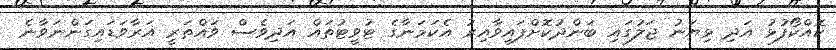
ކޮއްކޯފުޅު އަދި ޅިޔަނު ޖަލުގައި ބަންދުކޮށްފައިވާއިރު އެކަމަނާގެ ޓުވީޓުތައް އަދިވެސް ވައްތަރީ އަރާވަޑައިގަންނަވާނެ